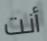
أنت